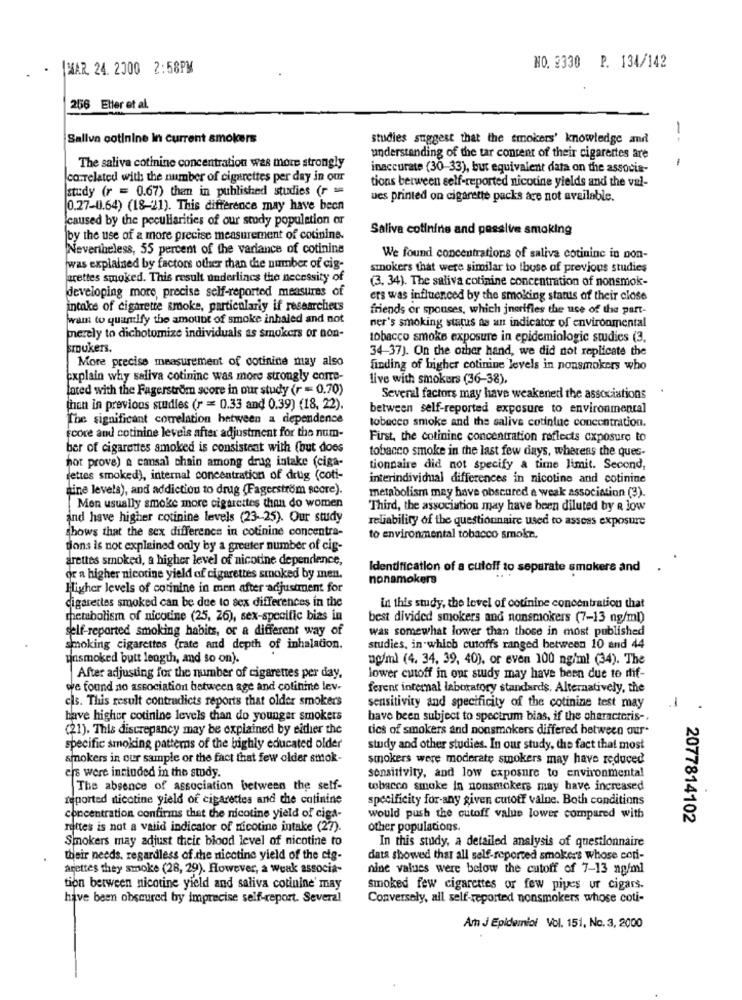
- TMAR 24. 2000 2:58PM
NO. 2330 P. 134/142
256 Eller et al.
Sallva cotinine In current smokers
studies suggest that the smokers' knowledge and
understanding of the tar content of their cigarettes are
---
The saliva cotinine concentration was more strongly
inaccurate (30-33), but equivalent data on the associa-
co.related with the number of cigarettes per day in our
study (r = 0.67) than in published studies (r ==
tions between self-reported nicotine yields and the val-
ues printed on cigarette packs age not available.
0.27-0.64) (18-21). This difference may have been
caused by the peculiarities of our study population ar
Saliva cotinine and passive smoking
by the use of a more precise measurement of cotinine.
Nevertheless, 55 percent of the variance of cotinine
We found concentrations of saliva cotininc in non-
was explained by factors other than the number of cig-
smokers that were similar to thuse of previous studies
jarettes smoked. This result underlincs the necessity of
(3. 34). The saliva cotinine concentration of nonsmok-
developing more, precise self-reported measures of
ers was influenced by the smoking status of their close
intake of cigarette smoke, particularly if researchets
friends or spouses, which jnarifles the use of the part-
wann to quantify the amount of smoke inhaled and not
ner's smoking status as an indicator of environmental
merely to dichotomize individuals as smokers or non-
tobacco smoke exposure in epidemiologic studies (3,
kroukers,
34-37). On the other hand, we did not replicate the
More precise measurement of cotinine may also
finding of higher cotinine levels in nonsmokers who
Explain why saliva cotininc was more strongly corre-
live with smokers (36-38),
lated with the Fagerstrom score in our study (r = 0.70)
Several factors may have weakened the associations
than in previous studies (r = 0.33 and 0.39) (18, 22).
between self-reported exposure to environmental
The significant correlation between a dependence
tobacco smoke and the saliva cotinine concentration.
Ecore and cotinine levels after adjustment for the num-
First, the cotinine concentration reflects exposure to
ber of cigarettes smoked is consistent with (but does
tobacco smoke in the last few days, whereas the ques-
not prove) a cansal chain among drag intake (ciga-
tionnaire did not specify a time limit. Second,
fettes smoked), internal concentration of drug (coti-
interindividual differences in nicotine and cotinine
tine levels), and addiction to drug (Fagerström score).
metabolism may have obscured a weak association (3).
Men usually smoke more cigarettes than do women
Third, the association may have been diluted by R low
and have higher cotinine levels (23- 25). Our study
reliability of the questionnaire used to assess exposure
shows that the sex difference in cotinine concentra-
to environmental tobacco smoke ..
tions is not explained only by a greater number of cig-
arettes smoked, a higher level of nicotine dependence,
Identification of a cutoff to separate smokers and
or a higher nicotine yield of cigarettes smoked by men.
nonsmokers
Higher levels of cotinine in men after adjustment for
cigarettes smoked can be due to sex differences in the
in this study, the level of cotinine concentration that
metabolism of nicotine (25, 26), sex-specific bias in
best divided smokers and nonsmokers (7-13 ng/ml)
self-reported smoking habits, or a different way of
was somewhat lower than those in most published
smoking cigarettes trate and depth of inhalation.
studies, in which cutoffs ranged between 10 and 44
unsmoked butt length, and so on).
ng/ml (4. 34, 39, 40), or even 100 ng/ml (34). The
After adjusting for the number of cigarettes per day.
lower cutoff in our study may have been due to rif-
we found no association between age and cotinine lev-
ferent internal laboratory standards. Alternatively, the
cls. This result contradicts reports that older smokers
-
sensitivity and specificity of the cotinine test may
have higher cotinine levels than do younger smokers
have been subject to spectrum bias, if the characteris -.
(21). This discrepancy may be explained by either the
tics of smokers and nonsmokers differed between our
specific smoking patterns of the highly educated older
study and other studies. In our study, the fact that most
smokers in our sample or the fact that few older smok-
smokers were moderate smokers may have reduced
ers were included in the study.
sensitivity, and low exposure to environmental
The absence of association between the self-
tobacco smoke in nonsmokers may have increased
reported sticotine yield of cigarettes and the catinine
specificity for-any given cutoff valne. Both conditions
concentration confirms that the nicotine yield of ciga-
would push the cutoff value lower compared with
2077814102
rettes is not a valid indicator of nicotine intake (27).
other populations.
Smokers may adjust their blood level of nicotine to
In this study, a detailed analysis of questionnaire
their needs. regardless of the nicotine yield of the cig-
data showed that all self-reported smokers whose con-
arettes they smoke (28, 29). However, a weak associa-
nine values were below the cutoff of 7-13 ng/ml
tion between nicotine yield and saliva cotinine' may
smoked few cigarettes or few pipes ur cigars.
have been obscured by imprecise self-report. Several
Conversely, all self-reported nonsmokers whose coti-
Am J Epidemiol Vol. 151, No. 3, 2000